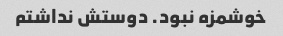
خوشمزه نبود. دوستش نداشتم